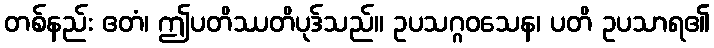
တစ်နည်း ဧတံ၊ ဤပတိဿတိပုဒ်သည်။ ဥပသဂ္ဂဝသေန၊ ပတိ ဥပသာရ၏